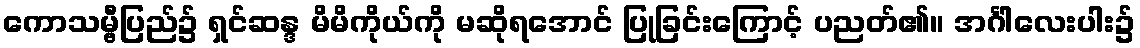
ကောသမ္ဗီပြည်၌ ရှင်ဆန္ဒ မိမိကိုယ်ကို မဆိုရအောင် ပြုခြင်းကြောင့် ပညတ်၏။ အင်္ဂါလေးပါး၌